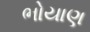
ભોયાણ